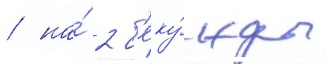
/ на́ 2 с'еку́нды